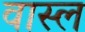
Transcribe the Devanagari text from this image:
वास्ल